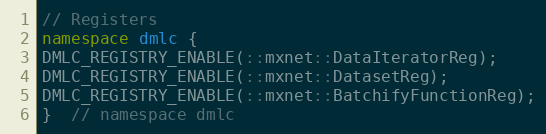
Language: C++
// Registers
namespace dmlc {
DMLC_REGISTRY_ENABLE(::mxnet::DataIteratorReg);
DMLC_REGISTRY_ENABLE(::mxnet::DatasetReg);
DMLC_REGISTRY_ENABLE(::mxnet::BatchifyFunctionReg);
}  // namespace dmlc